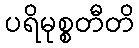
ပရိမုစ္စတီတိ